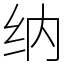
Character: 纳